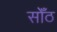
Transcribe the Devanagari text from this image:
सोँठ